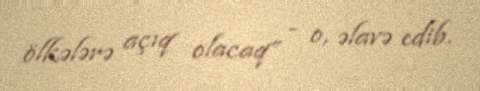
ölkələrə açıq olacaq” - o, əlavə edib.